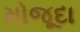
મોજૂદા